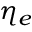
\eta _ { e }